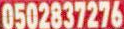
0502837276